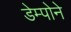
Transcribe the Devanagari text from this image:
डेम्पोने